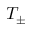
T _ { \pm }